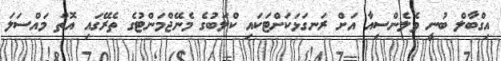
އިގްބާލް ބުނީ ވެލެންސިއާ އަށް ރަނގަޅަކަށްޓަކައި ކްލަބުގެ މެނޭޖްމަންޓުގެ ތެރޭގައި އޮތް މައްސަލަ